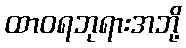
ထာဝရဘုရားအဘို့